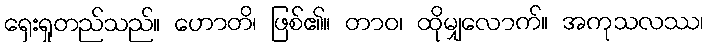
ရှေးရှုတည်သည်။ ဟောတိ၊ ဖြစ်၏။ တာဝ၊ ထိုမျှလောက်။ အကုသလဿ၊